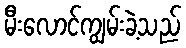
မီးလောင်ကျွမ်းခဲ့သည်